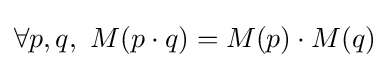
\forall p,q,\,\,M(p\cdot q)=M(p)\cdot M(q)